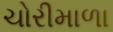
ચોરીમાળા